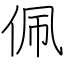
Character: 佩